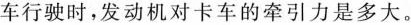
车行驶时，发动机对卡车的牵引力是多大。